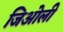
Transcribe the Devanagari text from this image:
जिओली